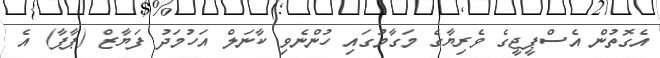
އެގޮތުން އެސްޕީޖީގެ ވެރިޔާގެ މަގާމުގައި ހުންނެވި ކާނަލް އަހުމަދު ފަޔާޒް (ޕާޕާ) އެ